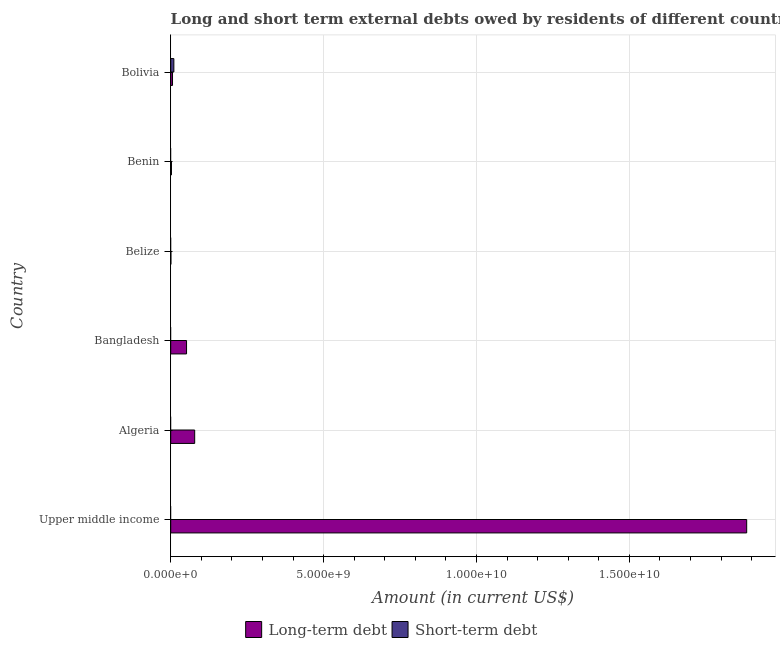
| Country | Long-term debt | Short-term debt |
 | --- | --- | --- |
 | Upper middle income | 1.88e+10 | -4.89e+09 |
 | Algeria | 7.84e+08 | -1.98e+08 |
 | Bangladesh | 5.18e+08 | -3.7e+07 |
 | Belize | 5.72e+06 | -5e+06 |
 | Benin | 2.42e+07 | -8e+06 |
 | Bolivia | 5.9e+07 | 1.03e+08 |